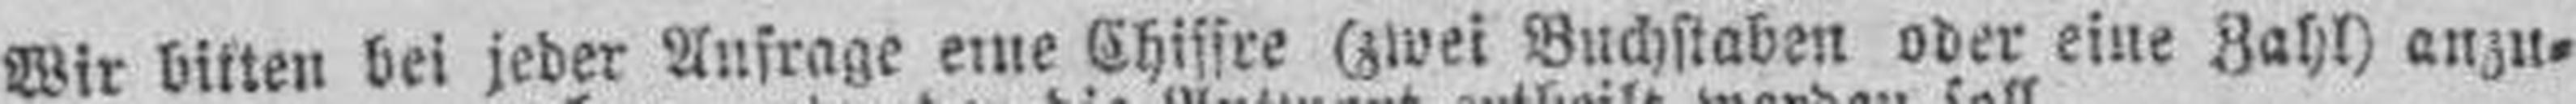
Wir bitten bei jeder Aufrage eine Chissre (zwei Buchstaben oder eine Zahl) anzu¬